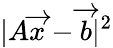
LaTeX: |A{\overrightarrow{x}}-{\overrightarrow{b}}|^{2}